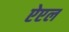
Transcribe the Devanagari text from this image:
ऐएल